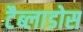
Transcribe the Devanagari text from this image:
टैब्लाडोस